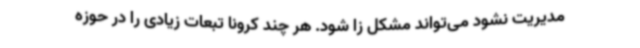
مدیریت نشود می‌تواند مشکل زا شود. هر چند کرونا تبعات زیادی را در حوزه